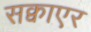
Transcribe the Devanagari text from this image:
सक्वाएर